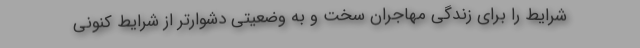
شرایط را برای زندگی مهاجران سخت و به وضعیتی دشوارتر از شرایط کنونی